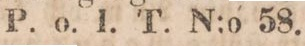
P. o. l. T. N:o 58.